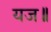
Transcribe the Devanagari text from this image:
यज॥